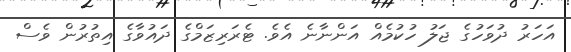
އަހަރު ދުވަހުގެ ޖަލު ހުކުމެއް އަންނާނެ އެވެ. ޓެރަރިޒަމްގެ ދައުވާގެ އިތުރުން ވެސް